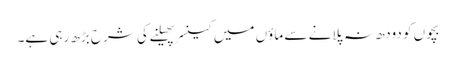
بچوں کو دودھ نہ پلانے سے ماؤں میں کینسر پھیلنے کی شرح بڑھ رہی ہے۔